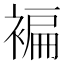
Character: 褊